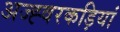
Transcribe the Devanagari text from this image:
अज्ह्वरकड़ियां